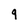
Character: 9